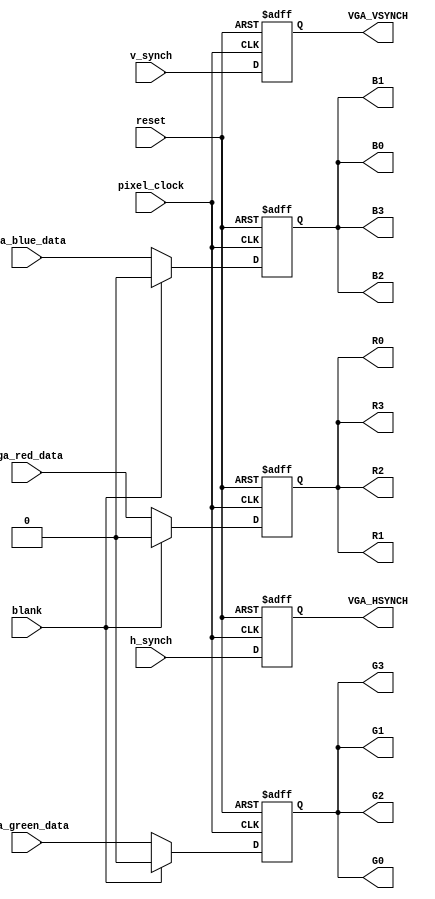
module VIDEO_OUT
(
pixel_clock,
reset,
vga_red_data,
vga_green_data,
vga_blue_data,
h_synch,
v_synch,
blank,

VGA_HSYNCH,
VGA_VSYNCH,
/*
VGA_OUT_RED,
VGA_OUT_GREEN,
VGA_OUT_BLUE
*/
R0,R1,R2,R3,
G0,G1,G2,G3,
B0,B1,B2,B3

);

input				pixel_clock;
input				reset;
input				vga_red_data;
input				vga_green_data;
input				vga_blue_data;
input				h_synch;
input				v_synch;
input				blank;

output			VGA_HSYNCH;
output			VGA_VSYNCH;
/*
output			VGA_OUT_RED;
output			VGA_OUT_GREEN;
output			VGA_OUT_BLUE;
*/
output R0,R1,R2, R3;
output G0,G1,G2,G3;
output B0,B1,B2,B3;

reg				VGA_HSYNCH;
reg				VGA_VSYNCH;


reg				VGA_OUT_RED=1'b1;
reg				VGA_OUT_GREEN=1'b0;
reg				VGA_OUT_BLUE=1'b0;


wire R0,R1,R2,R3,G0,G1,G2,G3, B0,B1,B2,B3;


assign R0=VGA_OUT_RED ;
assign R1=VGA_OUT_RED ;
assign R2= VGA_OUT_RED ;
assign R3 =VGA_OUT_RED;

assign G0= VGA_OUT_GREEN ;
assign  G1=VGA_OUT_GREEN ;
assign G2=VGA_OUT_GREEN ;
assign G3=VGA_OUT_GREEN;

assign B0=VGA_OUT_BLUE ;
assign B1=VGA_OUT_BLUE ;
assign B2=VGA_OUT_BLUE ;
assign B3=VGA_OUT_BLUE ;

// make the external video connections
always @ (posedge pixel_clock or posedge reset) begin
	if (reset) begin
		// shut down the video output during reset
		VGA_HSYNCH 				<= 1'b1;
		VGA_VSYNCH 				<= 1'b1;
		VGA_OUT_RED				<= 1'b0;
		VGA_OUT_GREEN			<= 1'b0;
		VGA_OUT_BLUE			<= 1'b0;
	end
	
	else if (blank) begin
		// output black during the blank signal
		VGA_HSYNCH	 			<= h_synch;
		VGA_VSYNCH 	 			<= v_synch;
		VGA_OUT_RED				<= 1'b0;
		VGA_OUT_GREEN			<= 1'b0;
		VGA_OUT_BLUE			<= 1'b0;
	end
	
	else begin
		// output color data otherwise
		VGA_HSYNCH	 			<= h_synch;
		VGA_VSYNCH 	 			<= v_synch;
		VGA_OUT_RED				<= vga_red_data;
		VGA_OUT_GREEN			<= vga_green_data;
		VGA_OUT_BLUE			<= vga_blue_data;
	end
end

endmodule // VIDEO_OUT